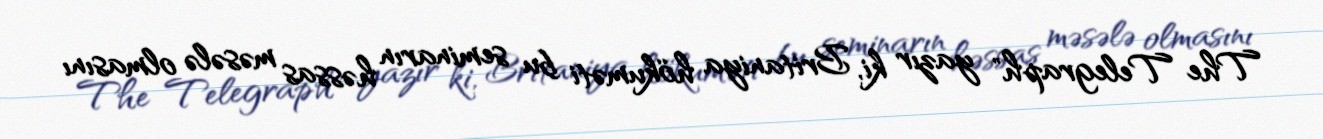
The Telegraph" yazır ki, Britaniya hökuməti bu seminarın həssas məsələ olmasını